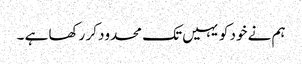
ہم نے خود کو یہیں تک محدود کر رکھا ہے ۔